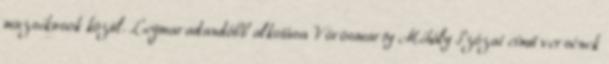
muzsikusok közül. Legmaradandóbb alkotása Vörösmarty Mihály Szózat című versének